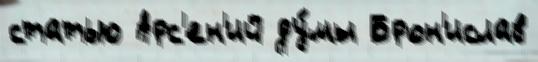
статью Арс'ен'ий ду́мы Брон'ислав